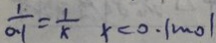
\frac { 1 } { 0 . 1 } = \frac { 1 } { x } x < 0 . 1 m o l